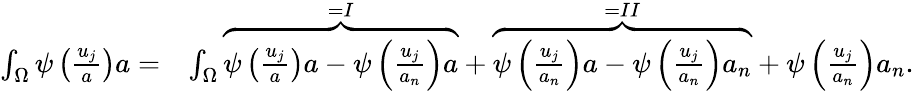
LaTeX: \begin{array}{rl}{\int_{\Omega}\psi\left(\frac{u_{j}}{a}\right)a=}&{\int_{\Omega}\overbrace{\psi\left(\frac{u_{j}}{a}\right)a-\psi\left(\frac{u_{j}}{a_{n}}\right)a}^{=I}+\overbrace{\psi\left(\frac{u_{j}}{a_{n}}\right)a-\psi\left(\frac{u_{j}}{a_{n}}\right)a_{n}}^{=II}+\psi\left(\frac{u_{j}}{a_{n}}\right)a_{n}.}\end{array}